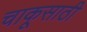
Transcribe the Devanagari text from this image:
चाकूसाठी